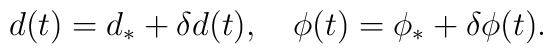
d(t)=d_{\ast}+\delta d(t),\quad \phi(t)=\phi_{\ast}+\delta \phi(t).